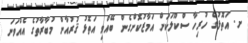
ށ. އަތޮޅުގެ ހުރިހާ ސްކޫލަކަށް އަމާޒުކޮށްގެން ބޭއްވި އަތޮޅު ޤުރުއާން މުބާރާތުގެ އެއްވަނަ